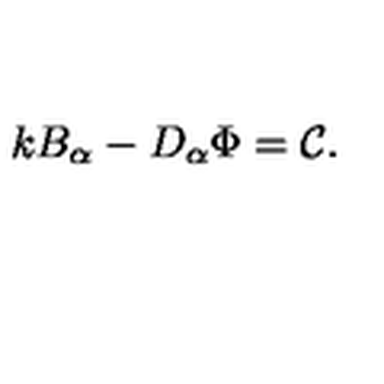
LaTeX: k B _ { \alpha } - D _ { \alpha } \Phi = { \cal C } \mathrm { . }